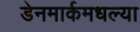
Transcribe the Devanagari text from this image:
डेनमार्कमधल्या